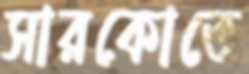
সারকোতে